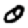
Digit: 0